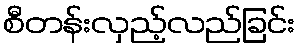
စီတန်းလှည့်လည်ခြင်း